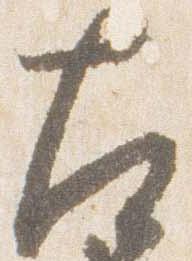
左